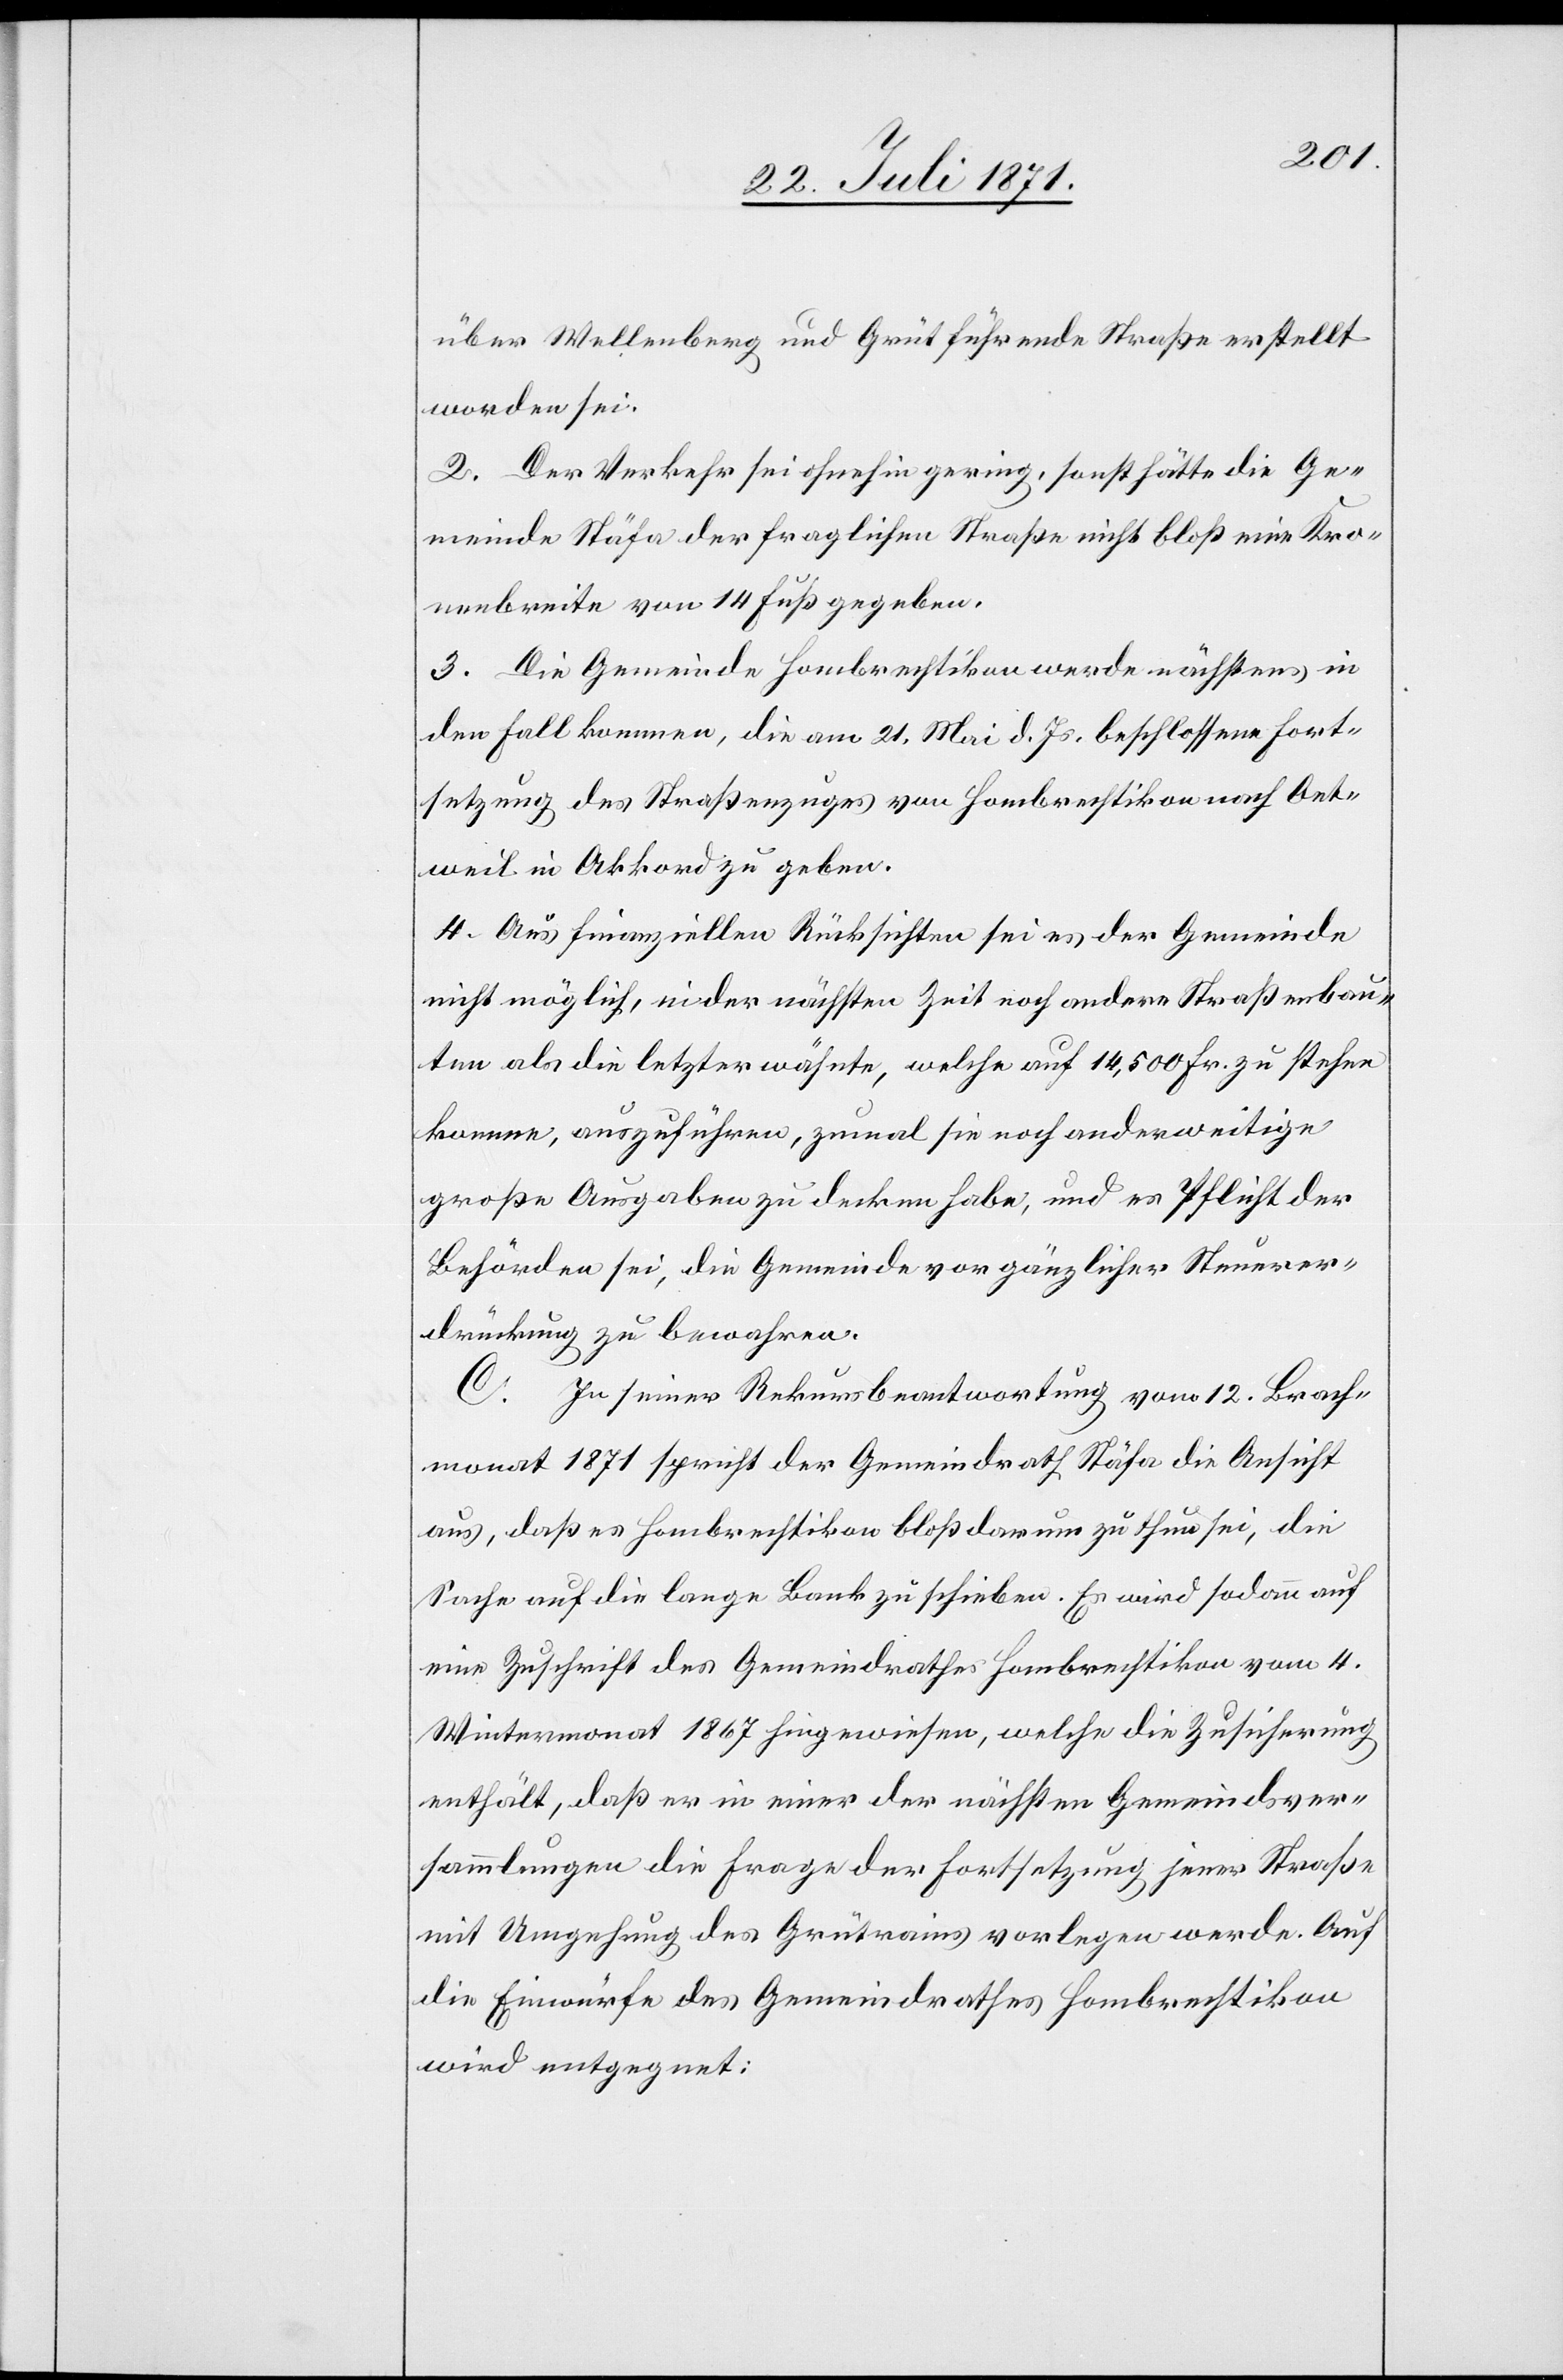
über Wellenberg und Grüt führende Straße erstellt
worden sei.
2. Der Verkehr sei ohnehin gering, sonst hätte die Ge¬
meinde Stäfa der fraglichen Straße nicht bloß eine Kro¬
nenbreite von 14 Fuß gegeben.
3. Die Gemeinde Hombrechtikon werde nächstens in
den Fall kommen, die am 21. Mai d. Js. beschlossene Fort¬
setzung des Straßenzuges von Hombrechtikon nach Oet¬
weil in Akkord zu geben.
4. Aus finanziellen Rücksichten sei es der Gemeinde
nicht möglich, in der nächsten Zeit noch andere Straßenbau¬
ten als die letzterwähnte, welche auf 14,500 Fr. zu stehen
komme, auszuführen, zumal sie noch anderweitige
große Ausgaben zu decken habe, und es Pflicht der
Behörden sei, die Gemeinde vor gänzlicher Steuerer¬
drückung zu bewahren.
C. In seiner Rekursbeantwortung vom 12. Brach¬
monat 1871 spricht der Gemeindrath Stäfa die Ansicht
aus, daß es Hombrechtikon bloß darum zu thun sei, die
Sache auf die lange Bank zu schieben. Es wird sodann auf
eine Zuschrift des Gemeindrathes Hombrechtikon vom 4.
Wintermonat 1867 hingewiesen, welche die Zusicherung
enthält, daß er in einer der nächsten Gemeindsver¬
sammlungen die Frage der Fortsetzung jener Straße
mit Umgehung des Grütrains vorlegen werde. Auf
die Einwürfe des Gemeindrathes Hombrechtikon
wird entgegnet: